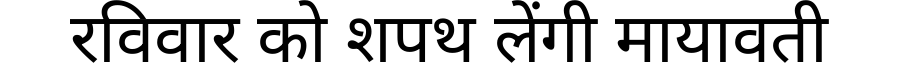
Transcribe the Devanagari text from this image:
रविवार को शपथ लेंगी मायावती